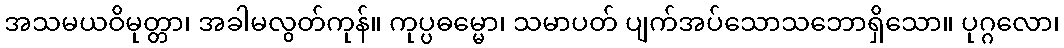
အသမယဝိမုတ္တာ၊ အခါမလွတ်ကုန်။ ကုပ္ပဓမ္မော၊ သမာပတ် ပျက်အပ်သောသဘောရှိသော။ ပုဂ္ဂလော၊